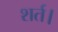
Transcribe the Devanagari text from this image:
शर्त।